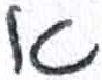
אות: א